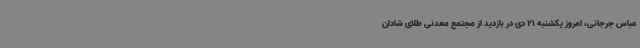
عباس جرجانی، امروز یکشنبه 21 دی در بازدید از مجتمع معدنی طلای شادان